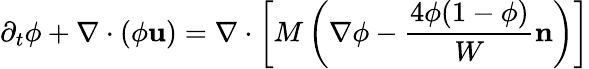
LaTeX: \partial_{t}\phi+\nabla\cdot(\phi\mathbf{u})=\nabla\cdot\left[M\left(\nabla\phi-\frac{4\phi(1-\phi)}{W}\mathbf{n}\right)\right]